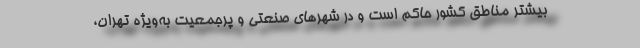
بیشتر مناطق کشور حاکم است و در شهرهای صنعتی و پرجمعیت به‌ویژه تهران،